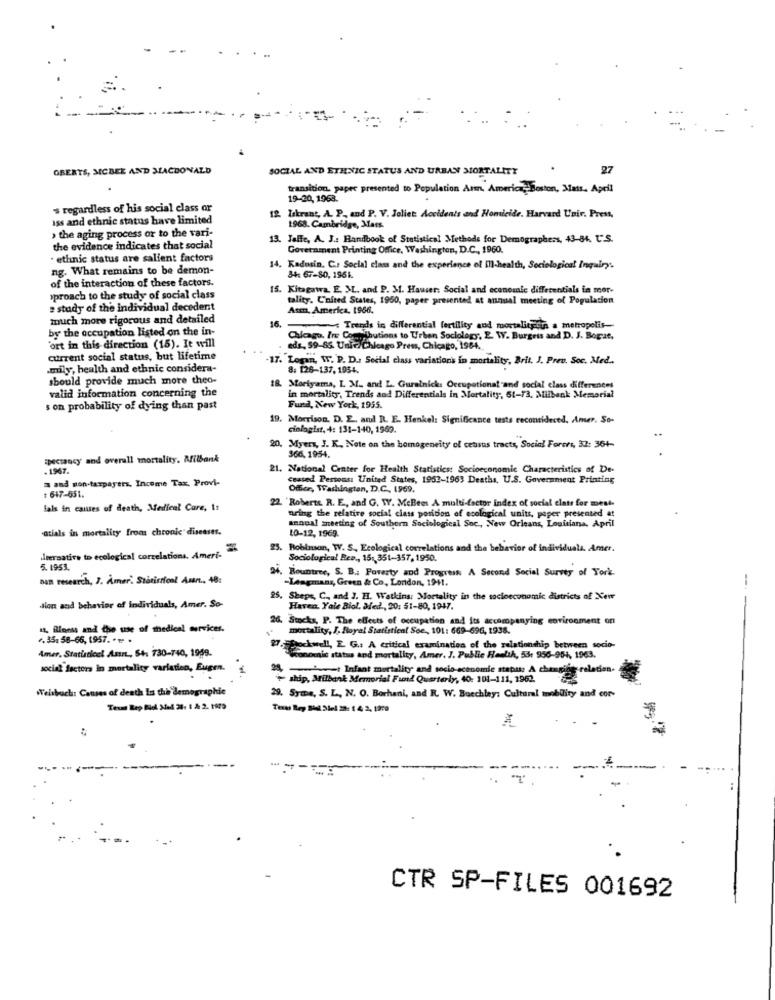
OBERTS, MCBEE AND ALACDONALD
SOCIAL AND ETHNIC STATUS AND URBAN MORTALITY
27
transition. paper presented to Population Arm, America- Boston, Mats. Apell
19-20, 1968.
s regardless of his social class or
iss and ethnic status have limited
12. lakrant, A. P. and P. V. Joliet: Accidents and Homicide. Harvard Univ. Press,
› the aging process or to the vari-
1968. Cambridge, Mars.
13. Jeffe, A. J .: Handbook of Statistical Methods for Demographers, 43-84. t.S.
the evidence indicates that social
Government Printing Office, Washington, D.C ., 1960.
· ethnic status are salient factors
ng. What remains to be demon-
14. Kadosin. C .: Social class and the experience of ill-health, Sociological Inquiry.
of the interaction of these factors.
34: 67-80, 1951.
15. Kitagawa. E. M. and P. M. Hauser: Social and econosale differentials in mer-
>proach to the study of social class
tality. C'nited States, 1950, paper presented at annual meeting of Population
study of the individual decedent
Asm, America. 1966.
much more rigorous and detailed
16.
by the occupation listed on the in-
Trends in differential fertility and mortalitytin a metropolis-
Chicago. Irs Comoibutions to Urben Sociology, E. W. Burgess and D. J. Bogat,
'ort in this direction (15). It will
eds, 59-86. Univ.Chicago Press, Chicago, 1964 ..
current social status, but lifetime
-17. "Logan, W. P. D .: Social class variations in mortality, Brit. J. Prev. Soc. Med ..
.mily, health and ethnic considera-
8: 126-137.1954.
should provide much more theo-
valid information concerning the
Moriyama, I. M. and L. Guralnick: Occupational and social class differences
in mortality, Trends and Differentials in Mortality, 61-73, Milbank Memorial
s on probability of dying than past
Fund, New York, 1955.
19. Morrison. D. E. and R. E. Henkel: Significance tests reconsidered, Amer, So-
cinlogist, 4: 131-140, 1969.
20. Myers, J. K. Note on the homogeneity of census tracts, Social Forces, 33: 36+
Epectancy and overall mortality. Milbank
366,1954.
- 1967.
21. National Center for Health Statistics: Socioeconomic Characteristics of De-
3 and non-taxpayers, Income Tax. Provi-
ceased Persons: United States, 1952-1963 Deatis. U.S. Government Printing
# 647-651.
Offer, Washington, D.C ., 1969.
22. 'Roberte. R. E ., and G. W. MeBees A multi-factor index of social elatr for mest-
fals in causes of death, Medical Care, 1:
annual meeting of Southern Sociological Soc ., New Orleans, Louisiana, April
Bring the relative social class position of ecological units, paper presented at
atials in mortality from chronic diseases.
10-12, 1969.
25. Robinson, W. S ., Ecological correlations and the behavior of individuals. Amer.
leernative to ecological correlations. Ameri-
Sociological Ree ., 151,351-357, 1950.
5.1951.
, Rountree, S. B .: Poverty and Progress A Second Social Survey of York.
BAR research, 7. Amer' Statistical Asan .. 48:
-Leagmans, Green & Co, London, 1941.
25. Shepe, C ., and J. H. Watkins: Mortality in the socioeconomic districts of Xew
sion and behavior of individuals, Amer. So-
Haven, Yale Biol. Med ., 20: 51-80, 1947.
26. Stocks, P. The effects of occupation and its accompanying environment on
11, illness and the use of medical services.
mortality, J. Royal Statistical Soe, 101: 669-696, 1938.
. 35. 58-66, 1957. * ⑈ .
Amer. Statistical Asn, 54. 730-740, 1959.
Dockwell, E. G .: A critical examination of the relationship between socio-
conomic status and mortality, Amer. J. Public Health, 53: 956-954, 1963.
social factors In mortality variation, Eugen.
-t Infant mortality and socio-economie status: A changing- relation.
ship, Milbank Memorial Fund Quarterly, 40: 101-111, 1962.
Welshoch: Causes of death In the demographic
29. Syms, S. L ., N. O. Borhani, and R. W. Bucchley: Cultural mobility and cor-
CTR SP-FILES 001692